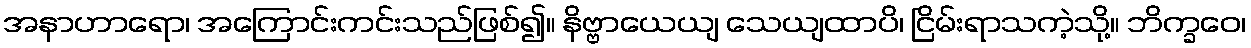
အနာဟာရော၊ အကြောင်းကင်းသည်ဖြစ်၍။ နိဗ္ဗာယေယျ သေယျထာပိ၊ ငြိမ်းရာသကဲ့သို့။ ဘိက္ခဝေ၊